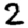
Digit: 2